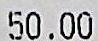
50.00